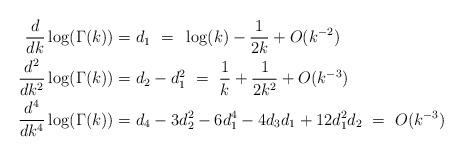
LaTeX: \begin{align*} \frac{d}{dk}\log(\Gamma(k)) &= d_1 ~=~ \log(k) - \frac{1}{2k} + O(k^{-2}) \\ \frac{d^2}{dk^2} \log(\Gamma(k)) &= d_2 - d_1^2 ~=~ \frac{1}{k} + \frac{1}{2k^2} + O(k^{-3}) \\ \frac{d^4}{dk^4} \log(\Gamma(k)) &= d_4 - 3d_2^2 - 6d_1^4 - 4 d_3 d_1 + 12 d_1^2d_2 ~=~ O(k^{-3}) \end{align*}